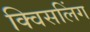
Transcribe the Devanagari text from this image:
क्विसलिंग